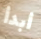
أبدأ